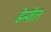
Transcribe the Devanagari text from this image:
डेन्ज़ेल